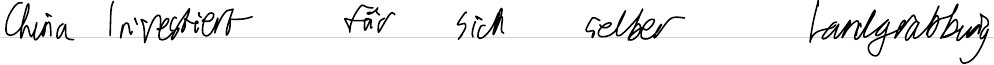
China investiert für sich selber Landgrabbing